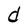
Character: d